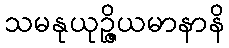
သမနုယုဉ္ဇိယမာနာနိ